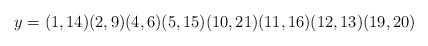
\begin{align*}y=(1,14)(2,9)(4,6)(5,15)(10,21)(11,16)(12,13)(19,20)\end{align*}